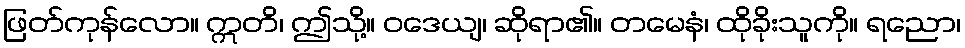
ဖြတ်ကုန်လော။ ဣတိ၊ ဤသို့။ ဝဒေယျ၊ ဆိုရာ၏။ တမေနံ၊ ထိုခိုးသူကို။ ရညော၊